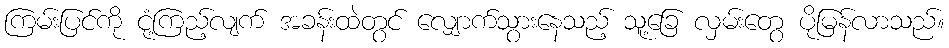
ကြမ်းပြင်ကို ငုံ့ကြည့်လျက် အခန်းထဲတွင် လျှောက်သွားနေသည့် သူ့ခြေ လှမ်းတွေ ပိုမြန်လာသည်။